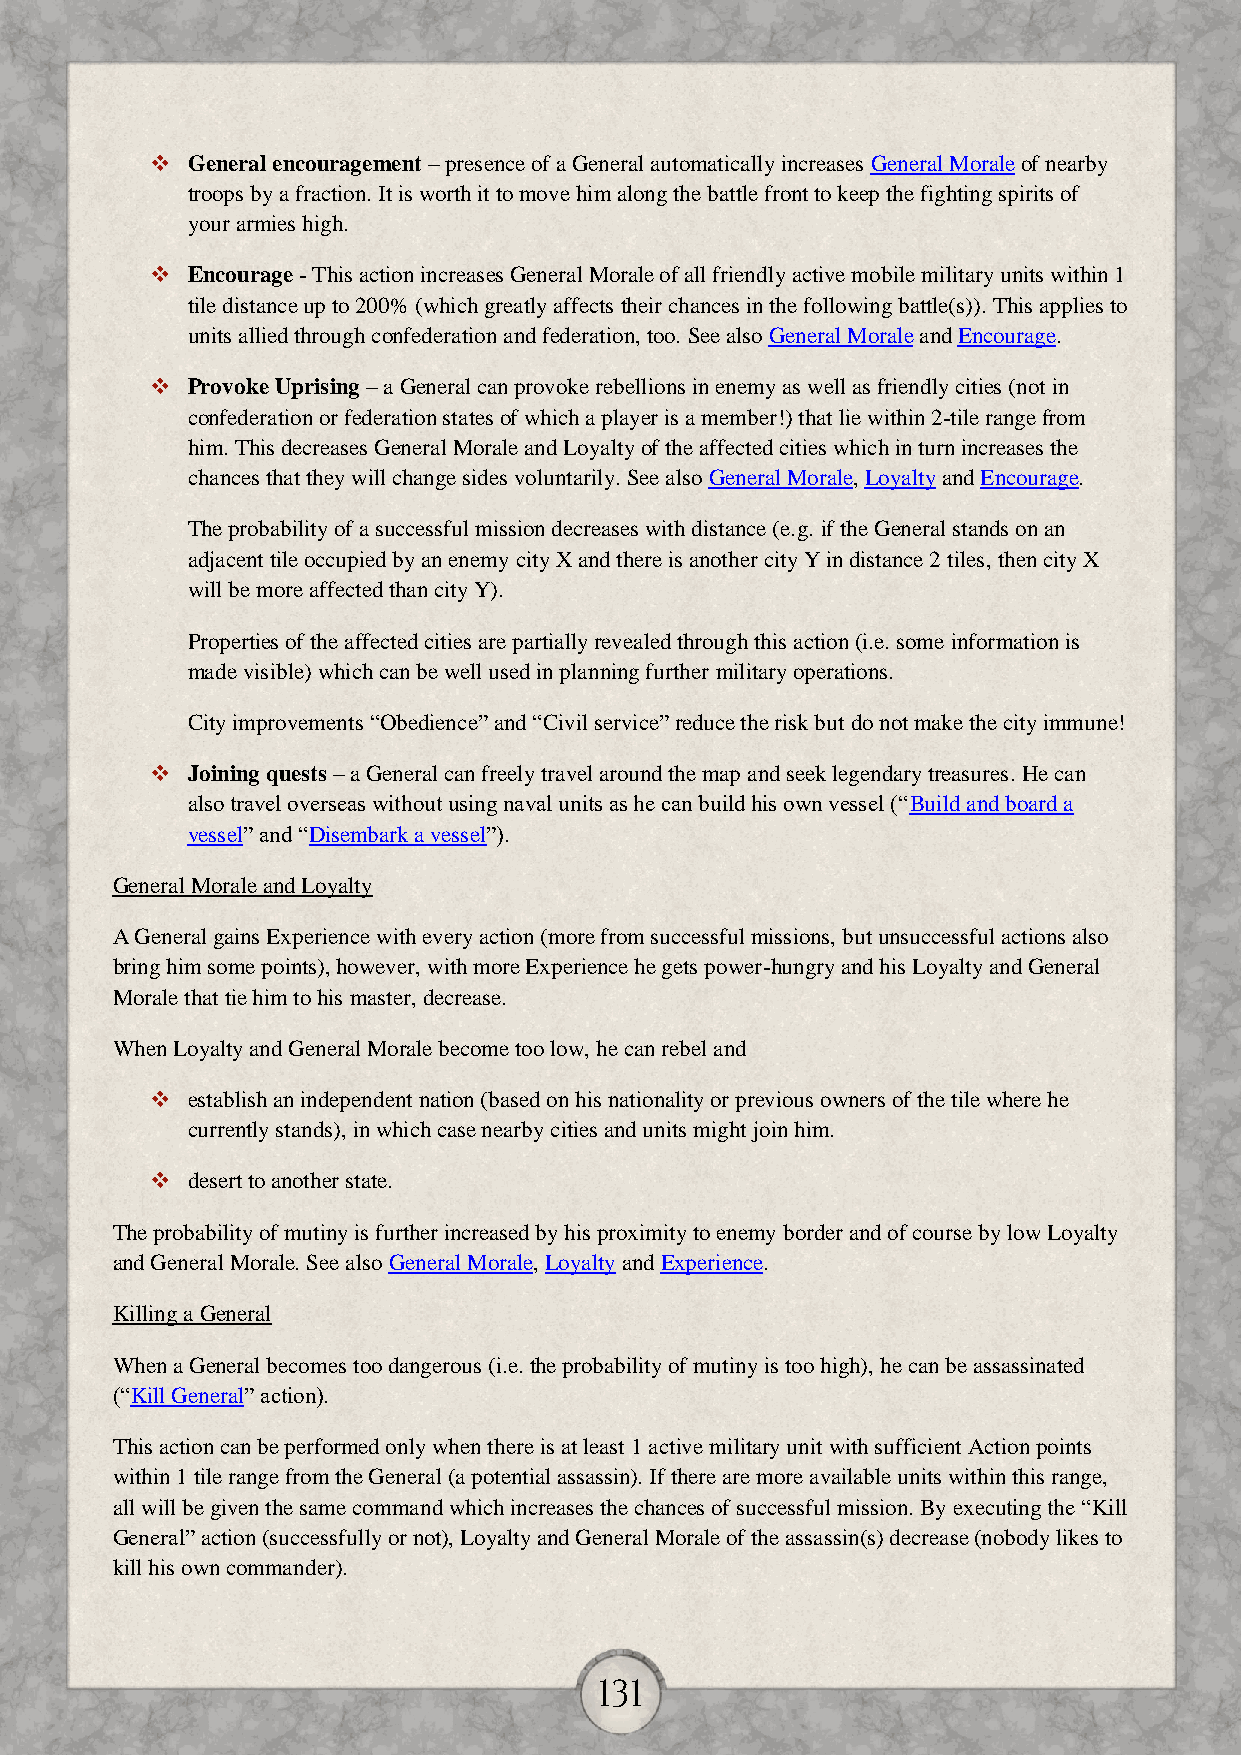
 General encouragement – presence of a General automatically increases General Morale of nearby
 troops by a fraction. It is worth it to move him along the battle front to keep the fighting spirits of
 your armies high.
  Encourage - This action increases General Morale of all friendly active mobile military units within 1
 tile distance up to 200% (which greatly affects their chances in the following battle(s)). This applies to
 units allied through confederation and federation, too. See also General Morale and Encourage.
  Provoke Uprising – a General can provoke rebellions in enemy as well as friendly cities (not in
 confederation or federation states of which a player is a member!) that lie within 2-tile range from
 him. This decreases General Morale and Loyalty of the affected cities which in turn increases the
 chances that they will change sides voluntarily. See also General Morale, Loyalty and Encourage.
 The probability of a successful mission decreases with distance (e.g. if the General stands on an
 adjacent tile occupied by an enemy city X and there is another city Y in distance 2 tiles, then city X
 will be more affected than city Y).
 Properties of the affected cities are partially revealed through this action (i.e. some information is
 made visible) which can be well used in planning further military operations.
 City improvements “Obedience” and “Civil service” reduce the risk but do not make the city immune!
  Joining quests – a General can freely travel around the map and seek legendary treasures. He can
 also travel overseas without using naval units as he can build his own vessel (“Build and board a
 vessel” and “Disembark a vessel”).
 General Morale and Loyalty
 A General gains Experience with every action (more from successful missions, but unsuccessful actions also
 bring him some points), however, with more Experience he gets power-hungry and his Loyalty and General
 Morale that tie him to his master, decrease.
 When Loyalty and General Morale become too low, he can rebel and
  establish an independent nation (based on his nationality or previous owners of the tile where he
 currently stands), in which case nearby cities and units might join him.
  desert to another state.
 The probability of mutiny is further increased by his proximity to enemy border and of course by low Loyalty
 and General Morale. See also General Morale, Loyalty and Experience.
 Killing a General
 When a General becomes too dangerous (i.e. the probability of mutiny is too high), he can be assassinated
 (“Kill General” action).
 This action can be performed only when there is at least 1 active military unit with sufficient Action points
 within 1 tile range from the General (a potential assassin). If there are more available units within this range,
 all will be given the same command which increases the chances of successful mission. By executing the “Kill
 General” action (successfully or not), Loyalty and General Morale of the assassin(s) decrease (nobody likes to
 kill his own commander).
 131